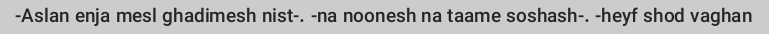
Aslan enja mesl ghadimesh nist-. -na noonesh na taame soshash-. -heyf shod vaghan-